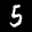
Label: 5